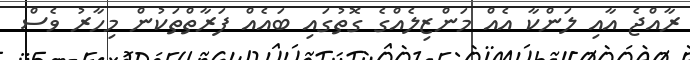
ރާއްޖެ އާއި ލަންކާ އެއް މަންޒިލެއްގެ ގޮތުގައި ބައެއް ފަރާތްތަކުން މިހާރު ވެސް